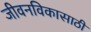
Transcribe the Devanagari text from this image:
जीवनविकासाठी